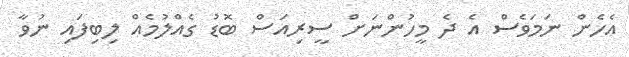
އެހެން ނަމަވެސް އެ ދެ މީހުންނަށް ސީރިއަސް ބޮޑު ގެއްލުމެއް ލިބިފައި ނުވާ